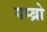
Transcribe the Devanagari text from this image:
गम्ब्रो